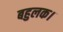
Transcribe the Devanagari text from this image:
बहुलक।